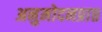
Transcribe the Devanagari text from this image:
अनुमोदनप्राप्त